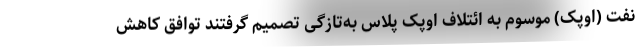
نفت (اوپک) موسوم به ائتلاف اوپک پلاس به‌تازگی تصمیم گرفتند توافق کاهش